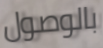
بالوصول